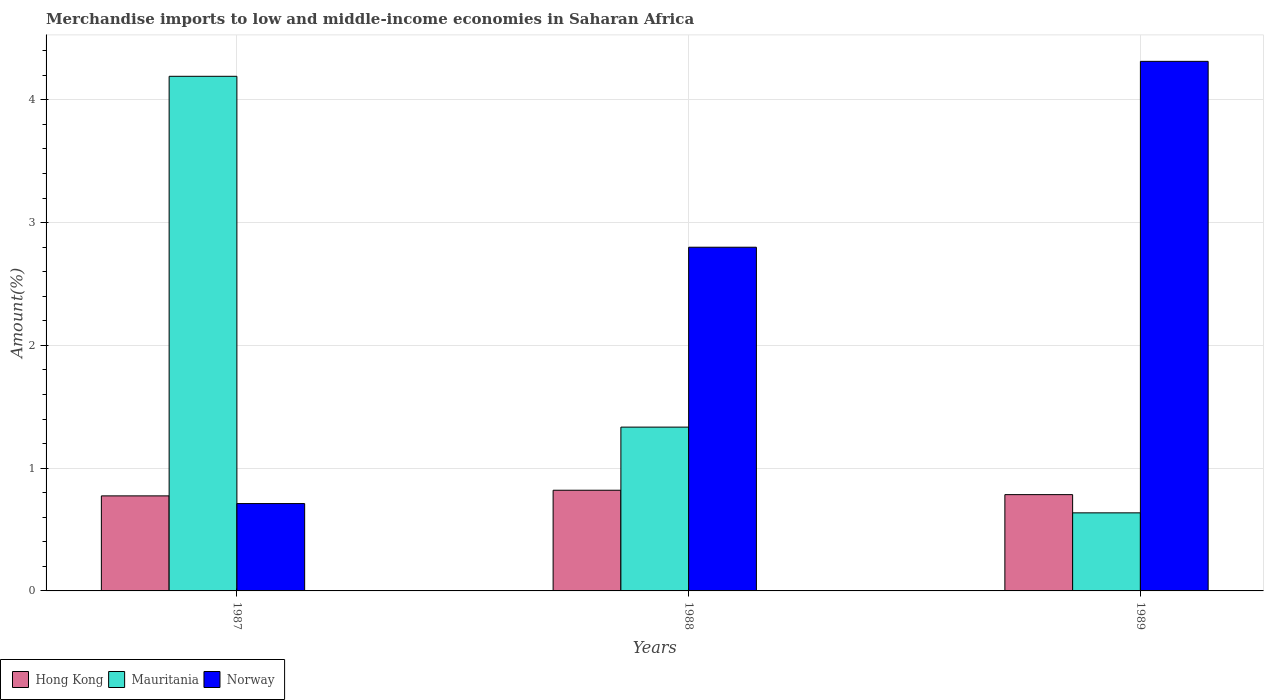
| Years | Hong Kong | Mauritania | Norway |
 | --- | --- | --- | --- |
 | 1987 | 0.774 | 4.19 | 0.712 |
 | 1988 | 0.82 | 1.33 | 2.8 |
 | 1989 | 0.784 | 0.636 | 4.31 |